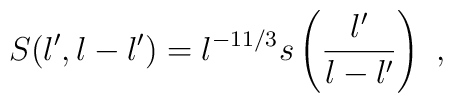
S (l',l-l') =l^{-11/3}  s\left(\frac{l'}{ l-l'}\right)\ ,